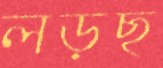
লড়ছ